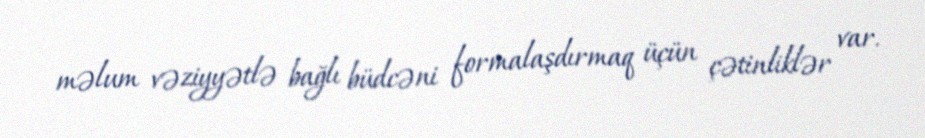
məlum vəziyyətlə bağlı büdcəni formalaşdırmaq üçün çətinliklər var.